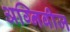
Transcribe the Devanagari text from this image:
अग्निबीज